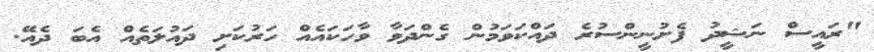
"ރައީސް ނަޝީދު ފެށުނީންސުރެ ދައްކަވަމުން ގެންދަވާ ވާހަކައެއް ހަރުކަށި ދައުލަތެއް އެބަ ދެއޭ.